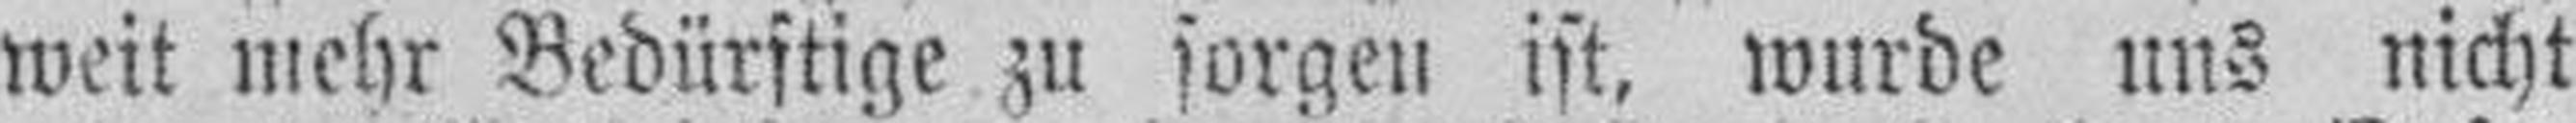
weit mehr Bedürftige zu sorgen ist, wurde uns nicht